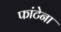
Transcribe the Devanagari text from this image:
फांटेना